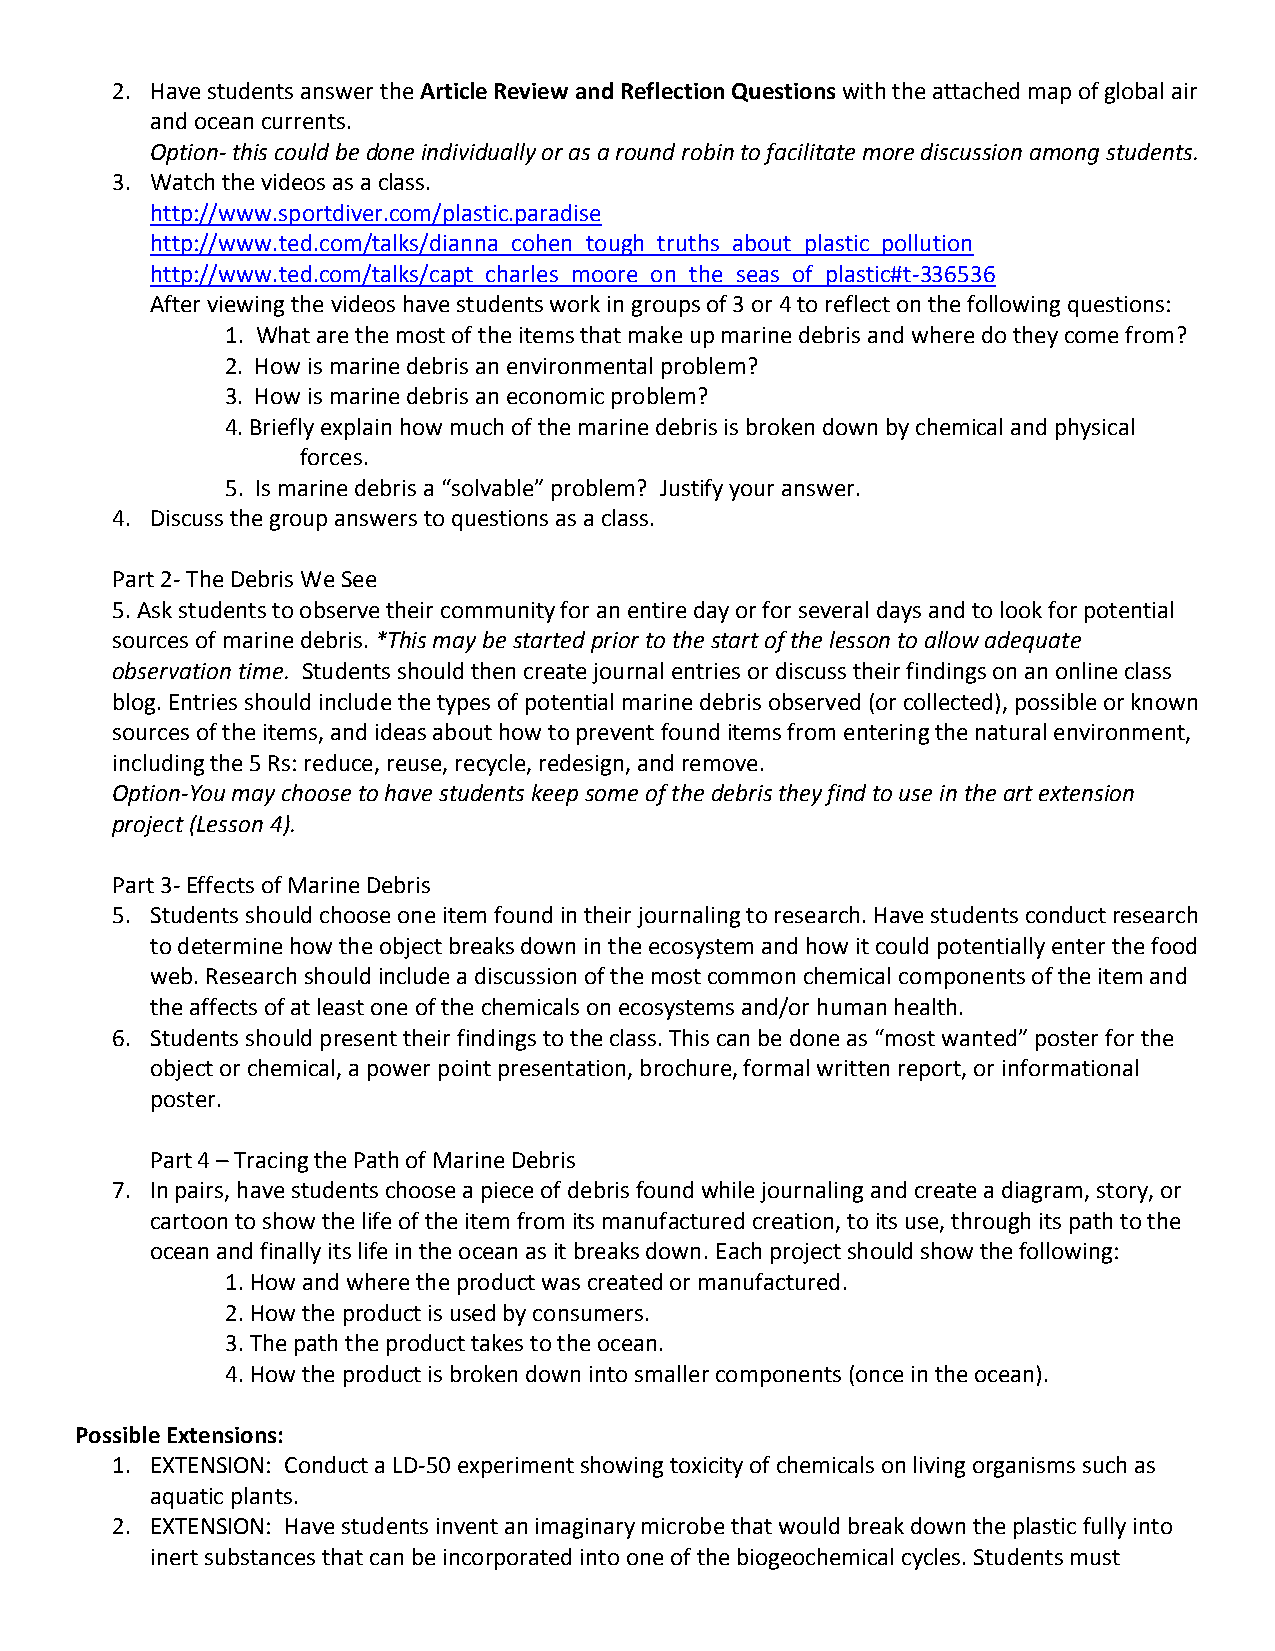
2. Have students answer the Article Review and Reflection Questions with the attached map of global air
 and ocean currents.
 Option- this could be done individually or as a round robin to facilitate more discussion among students.
 3. Watch the videos as a class.
 http://www.sportdiver.com/plastic.paradise
 http://www.ted.com/talks/dianna_cohen_tough_truths_about_plastic_pollution
 http://www.ted.com/talks/capt_charles_moore_on_the_seas_of_plastic#t-336536
 After viewing the videos have students work in groups of 3 or 4 to reflect on the following questions:
 1. What are the most of the items that make up marine debris and where do they come from?
 2. How is marine debris an environmental problem?
 3. How is marine debris an economic problem?
 4. Briefly explain how much of the marine debris is broken down by chemical and physical
 forces.
 5. Is marine debris a “solvable” problem? Justify your answer.
 4. Discuss the group answers to questions as a class.
 Part 2- The Debris We See
 5. Ask students to observe their community for an entire day or for several days and to look for potential
 sources of marine debris. *This may be started prior to the start of the lesson to allow adequate
 observation time. Students should then create journal entries or discuss their findings on an online class
 blog. Entries should include the types of potential marine debris observed (or collected), possible or known
 sources of the items, and ideas about how to prevent found items from entering the natural environment,
 including the 5 Rs: reduce, reuse, recycle, redesign, and remove.
 Option-You may choose to have students keep some of the debris they find to use in the art extension
 project (Lesson 4).
 Part 3- Effects of Marine Debris
 5. Students should choose one item found in their journaling to research. Have students conduct research
 to determine how the object breaks down in the ecosystem and how it could potentially enter the food
 web. Research should include a discussion of the most common chemical components of the item and
 the affects of at least one of the chemicals on ecosystems and/or human health.
 6. Students should present their findings to the class. This can be done as “most wanted” poster for the
 object or chemical, a power point presentation, brochure, formal written report, or informational
 poster.
 Part 4 – Tracing the Path of Marine Debris
 7. In pairs, have students choose a piece of debris found while journaling and create a diagram, story, or
 cartoon to show the life of the item from its manufactured creation, to its use, through its path to the
 ocean and finally its life in the ocean as it breaks down. Each project should show the following:
 1. How and where the product was created or manufactured.
 2. How the product is used by consumers.
 3. The path the product takes to the ocean.
 4. How the product is broken down into smaller components (once in the ocean).
 Possible Extensions:
 1. EXTENSION: Conduct a LD-50 experiment showing toxicity of chemicals on living organisms such as
 aquatic plants.
 2. EXTENSION: Have students invent an imaginary microbe that would break down the plastic fully into
 inert substances that can be incorporated into one of the biogeochemical cycles. Students must